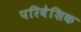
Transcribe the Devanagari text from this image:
परिवेशिक